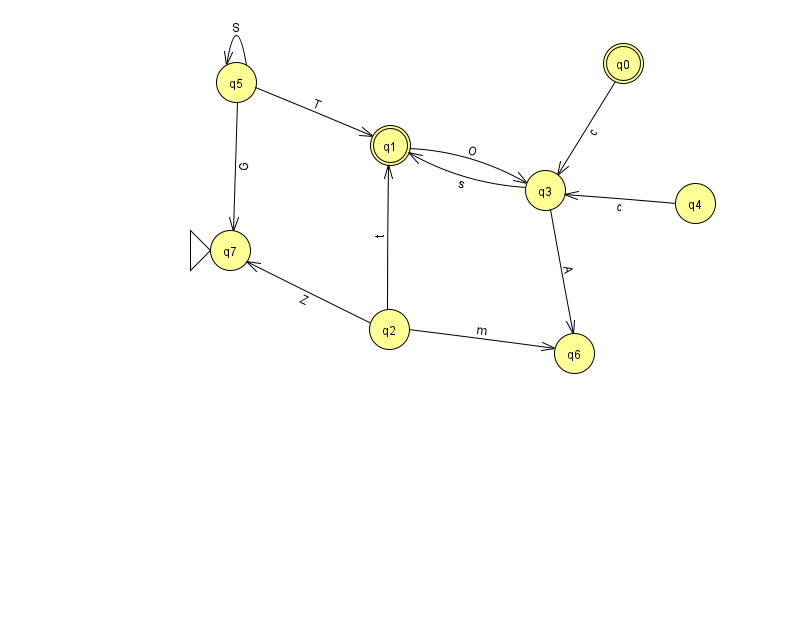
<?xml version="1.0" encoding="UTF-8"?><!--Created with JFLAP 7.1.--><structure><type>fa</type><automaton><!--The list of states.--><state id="0" name="q0"><x>623.0</x><y>50.0</y><final/></state><state id="1" name="q1"><x>390.0</x><y>132.0</y><final/></state><state id="2" name="q2"><x>389.0</x><y>316.0</y></state><state id="3" name="q3"><x>545.0</x><y>177.0</y></state><state id="4" name="q4"><x>695.0</x><y>190.0</y></state><state id="5" name="q5"><x>236.0</x><y>69.0</y></state><state id="6" name="q6"><x>574.0</x><y>340.0</y></state><state id="7" name="q7"><x>230.0</x><y>237.0</y><initial/></state><!--The list of transitions.--><transition><from>3</from><to>6</to><read>A</read></transition><transition><from>5</from><to>7</to><read>G</read></transition><transition><from>2</from><to>6</to><read>m</read></transition><transition><from>2</from><to>1</to><read>t</read></transition><transition><from>5</from><to>5</to><read>S</read></transition><transition><from>1</from><to>3</to><read>O</read></transition><transition><from>2</from><to>7</to><read>Z</read></transition><transition><from>4</from><to>3</to><read>c</read></transition><transition><from>0</from><to>3</to><read>c</read></transition><transition><from>3</from><to>1</to><read>s</read></transition><transition><from>5</from><to>1</to><read>T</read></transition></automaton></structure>